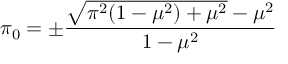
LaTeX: \pi _ { 0 } = \pm \frac { \sqrt { \pi ^ { 2 } ( 1 - \mu ^ { 2 } ) + \mu ^ { 2 } } - \mu ^ { 2 } } { 1 - \mu ^ { 2 } }